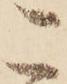
こ